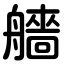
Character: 艢